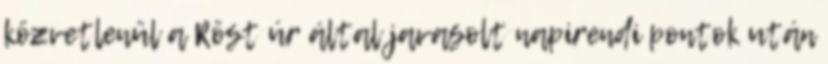
közvetlenül a Röst úr által javasolt napirendi pontok után